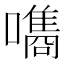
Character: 𡂗